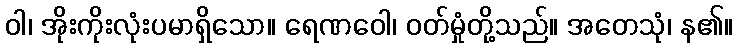
ဝါ၊ အိုးကိုးလုံးပမာရှိသော။ ရေဏဝေါ၊ ဝတ်မှုံတို့သည်။ အတေသုံ၊ န၏။